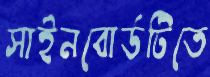
সাইনবোর্ডটিতে